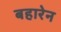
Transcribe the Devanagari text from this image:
बहारेन